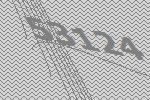
53124